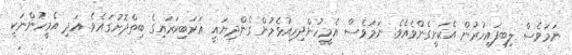
ނަމަވެސް ލިބިފައިހުރުން އެކަށީގެންވެއެވެ. ނަމަވެސް އެމީހުންދިރިއުޅެމުން ގެންދިޔައީ ޢަރަބިކަރައިގެ ބިތްދޮށުގައެވެ. އަދި އެމީހުންނަކީ